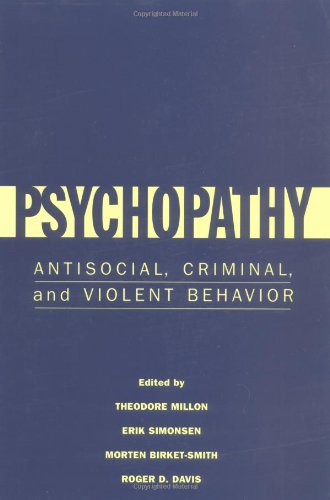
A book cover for Psychopathy: Antisocial, Criminal, and Violent Behavior; Medical Books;